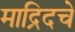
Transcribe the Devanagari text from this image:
माद्रिदचे